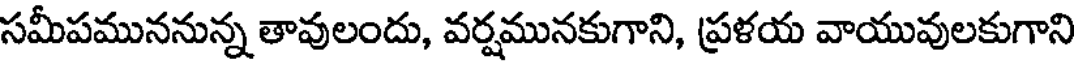
సమీపముననున్న తావులందు, వర్షమునకుగాని, ప్రళయ వాయువులకుగాని